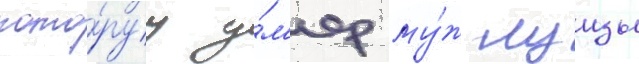
кото́руу у́м'ер му́ж луизы